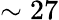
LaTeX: \sim 27